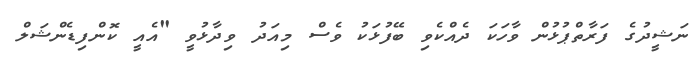
ނަޝީދުގެ ފަރާތްޕުޅުން ވާހަކަ ދެއްކެވި ބޭފުޅަކު ވެސް މިއަދު ވިދާޅުވީ "އެއީ ކޮންފިޑެންޝަލް